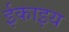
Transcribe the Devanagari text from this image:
ईकाइय